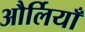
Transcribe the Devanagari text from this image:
और्लियाँ